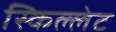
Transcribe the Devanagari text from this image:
स्किल्लेट